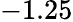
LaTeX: -1.25